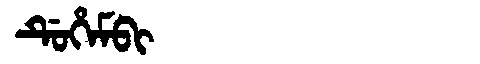
Manchu: ᡩᡠᡥᡝᠮᠪᡳ
Romanization: DUHEMBI